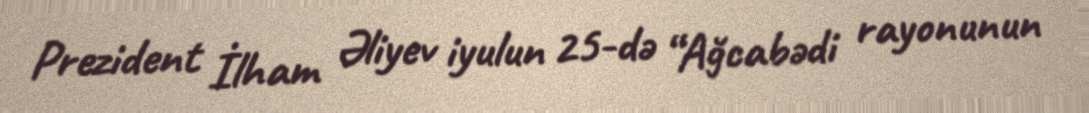
Prezident İlham Əliyev iyulun 25-də “Ağcabədi rayonunun